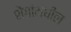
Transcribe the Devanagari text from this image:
शेंगांमधील